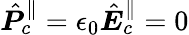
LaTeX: \hat{\boldsymbol P}_{c}^{\parallel}=\epsilon_{0}\hat{\boldsymbol E}_{c}^{\parallel}=0